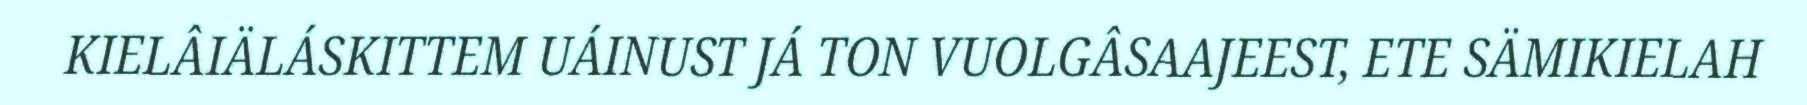
KIELÂIÄLÁSKITTEM UÁINUST JÁ TON VUOLGÂSAAJEEST, ETE SÄMIKIELAH